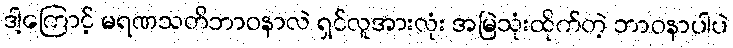
ဒါ့ကြောင့် မရဏသတိဘာဝနာလဲ ရှင်လူအားလုံး အမြဲသုံးထိုက်တဲ့ ဘာဝနာပါပဲ